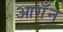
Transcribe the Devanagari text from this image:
आगँन